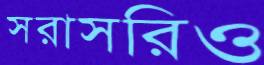
সরাসরিও